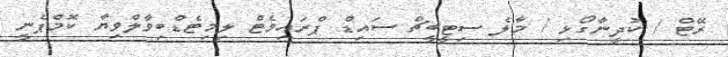
ރޭޓް / ކުދީނާގޯޅި / މާލެ ސިޓީބީޗް ސައިޑް ޕްރައިވެޓް ލިމިޓެޑްބިވާލްވިޔާ ކޮމްޕެނީ